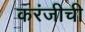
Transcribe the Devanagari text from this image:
करंजीची